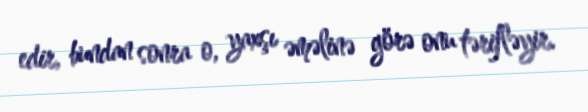
edir, bundan sonra o, yaxşı əməlinə görə onu tərifləyir.